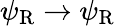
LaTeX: \psi_{\mathrm{{R}}}\rightarrow\psi_{\mathrm{{R}}}